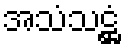
အသံသဋ္ဌံ